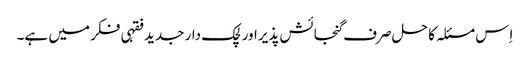
اِس مسئلہ کا حل صرف گنجائش پذیراور لچک دار جدید فقہی فکر میں ہے۔